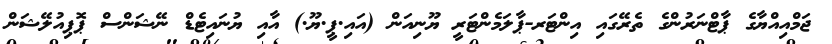
ޖަމްއިއްޔާގެ ޕާޓްނަރުންގެ ތެރޭގައި އިންޓަރ-ޕާލަމެންޓަރީ ޔޫނިއަން (އައި.ޕީ.ޔޫ.) އާއި ޔުނައިޓެޑް ނޭޝަންސް ޕޮޕިއުލޭޝަން